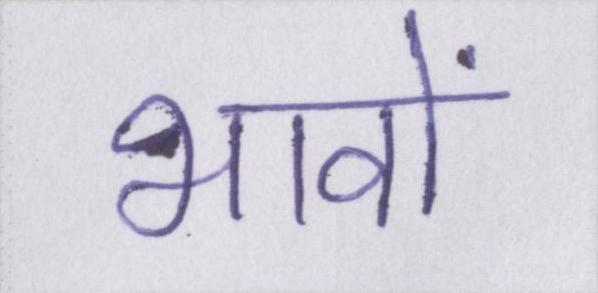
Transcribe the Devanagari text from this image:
भावों